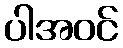
ပါအဝင်